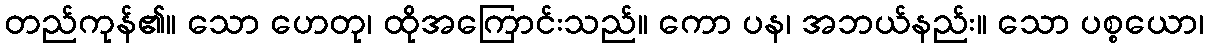
တည်ကုန်၏။ သော ဟေတု၊ ထိုအကြောင်းသည်။ ကော ပန၊ အဘယ်နည်း။ သော ပစ္စယော၊